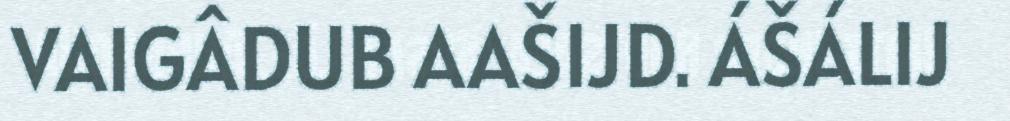
VAIGÂDUB AAŠIJD. ÁŠÁLIJ